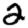
Digit: 2